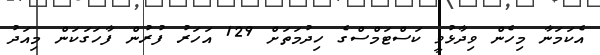
އެކަމަނާ މިހެން ވިދާޅުވީ ކަސްޓަމްސްގެ ހިދުމަތަށް 129 އަހަރު ފުރުން ފާހަގަކަން މިއަދު